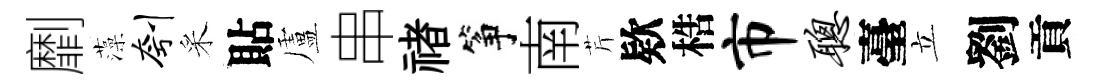
劘藻刳采貼盧串禇筝南芹欵梏市聪臺立劉貢